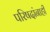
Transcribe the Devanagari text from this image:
परिषदांनाही